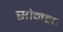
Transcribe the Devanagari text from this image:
सोनहत